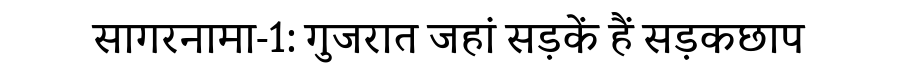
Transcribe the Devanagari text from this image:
सागरनामा-1: गुजरात जहां सड़कें हैं सड़कछाप